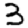
Digit: 3